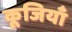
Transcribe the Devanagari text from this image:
कूजियाँ